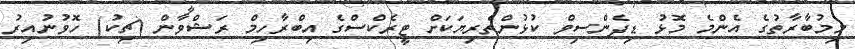
މިމުބާރާތުގެ އެންމެ މޮޅު ޑިފެންސިވް ކުޅުންތެރިޔަކަށް ޓީރެކްސްގެ އިބްރާހިމް ރަޝްވާން (ޗިކު) ހޮވުނުއިރު